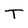
Character: T